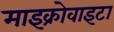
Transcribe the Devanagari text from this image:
माइक्रोवाइटा